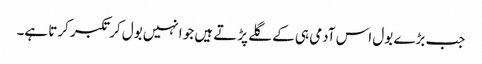
جب بڑے بول اس آدمی ہی کے گلے پڑتے ہیں جو انہیں بول کر تکبر کرتا ہے۔